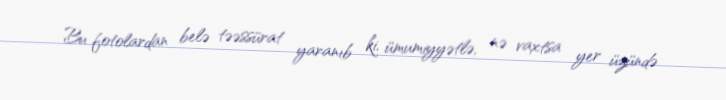
Bu fotolardan belə təəssürat yaranıb ki, ümumiyyətlə, nə vaxtsa yer üzündə